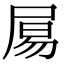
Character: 𡱿